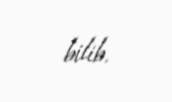
bilib.